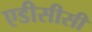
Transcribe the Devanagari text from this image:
एडीसीसी